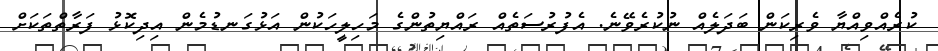
ކުރެއްވިއްޔާ ވެރިކަން ބަދަލެއް ނުކުރެވޭނެ. އެފުރުސަތެއް ރައްޔިތުންގެ މަހިލީހަކުން އަޅުގަނޑުމެން އިދިކޮޅު ފަރާތްތަކަށް